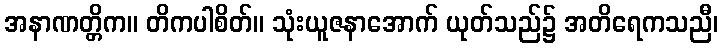
အနာဏတ္တိက။ တိကပါစိတ်။ သုံးယူဇနာအောက် ယုတ်သည်၌ အတိရေကသညီ၊